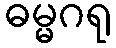
ဓမ္မဂရု